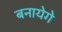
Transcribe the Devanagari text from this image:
बनायेगे